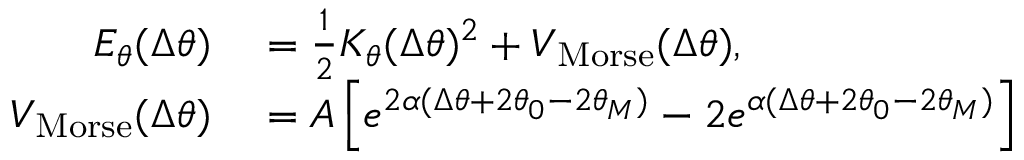
\begin{array} { r l } { E _ { \theta } ( \Delta \theta ) } & { { } = \frac { 1 } { 2 } K _ { \theta } ( \Delta \theta ) ^ { 2 } + V _ { \mathrm { M o r s e } } ( \Delta \theta ) , } \\ { V _ { \mathrm { M o r s e } } ( \Delta \theta ) } & { { } = A \left[ e ^ { 2 \alpha ( \Delta \theta + 2 \theta _ { 0 } - 2 \theta _ { M } ) } - 2 e ^ { \alpha ( \Delta \theta + 2 \theta _ { 0 } - 2 \theta _ { M } ) } \right] } \end{array}